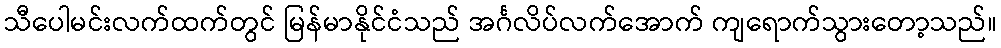
သီပေါမင်းလက်ထက်တွင် မြန်မာနိုင်ငံသည် အင်္ဂလိပ်လက်အောက် ကျရောက်သွားတော့သည်။